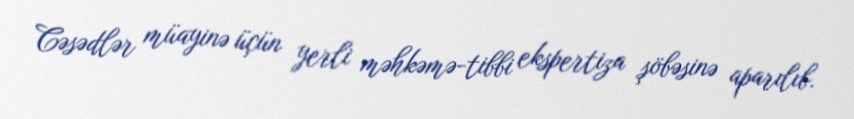
Cəsədlər müayinə üçün yerli məhkəmə-tibbi ekspertiza şöbəsinə aparılıb.